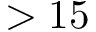
> 1 5